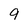
Character: 9